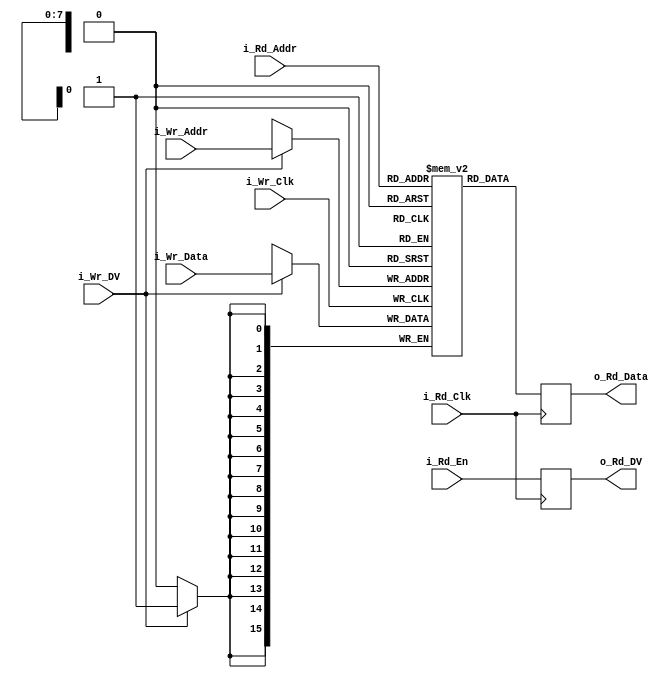
module RAM_2Port #(parameter WIDTH = 16, DEPTH = 256)
  (// Write Signals
   input                     i_Wr_Clk,
   input [$clog2(DEPTH)-1:0] i_Wr_Addr,
   input                     i_Wr_DV,
   input [WIDTH-1:0]         i_Wr_Data,
   // Read Signals
   input                     i_Rd_Clk,
   input [$clog2(DEPTH)-1:0] i_Rd_Addr,
   input                     i_Rd_En,
   output reg                o_Rd_DV,
   output reg [WIDTH-1:0]    o_Rd_Data
   );

  // Declare the Memory variable
  reg [WIDTH-1:0] r_Mem[DEPTH-1:0];

  // Handle writes to memory
  always @ (posedge i_Wr_Clk)
  begin
    if (i_Wr_DV)
    begin
      r_Mem[i_Wr_Addr] <= i_Wr_Data;
    end
  end

  // Handle reads from memory
  always @ (posedge i_Rd_Clk)
  begin
    o_Rd_Data <= r_Mem[i_Rd_Addr];
    o_Rd_DV   <= i_Rd_En;
  end

endmodule